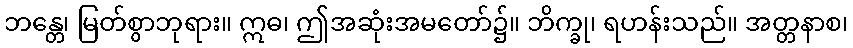
ဘန္တေ၊ မြတ်စွာဘုရား။ ဣဓ၊ ဤအဆုံးအမတော်၌။ ဘိက္ခု၊ ရဟန်းသည်။ အတ္တနာစ၊